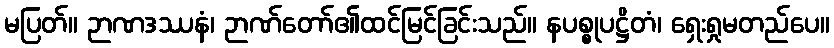
မပြတ်။ ဉာဏဒဿနံ၊ ဉာဏ်တော်၏ထင်မြင်ခြင်းသည်။ နပစ္စုပဋ္ဌိတံ၊ ရှေးရှုမတည်ပေ။